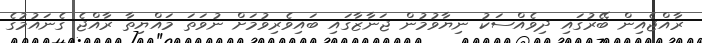
ރާއްޖެއިން ބޭރުގައި ދިވެއްސަކު ނިޔާވުމުން ޖަނާޒާގައި ބައިވެރިވުމަށް ނުވަތަ މައްޔިތާ ރާއްޖެ ގެނައުމުގެ